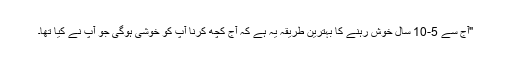
"آج سے 5-10 سال خوش رہنے کا بہترین طریقہ یہ ہے کہ آج کچھ کرنا آپ کو خوشی ہوگی جو آپ نے کیا تھا۔